Indian journal of veterinary science and animal husbandry - Volume 10,
Year: 1940
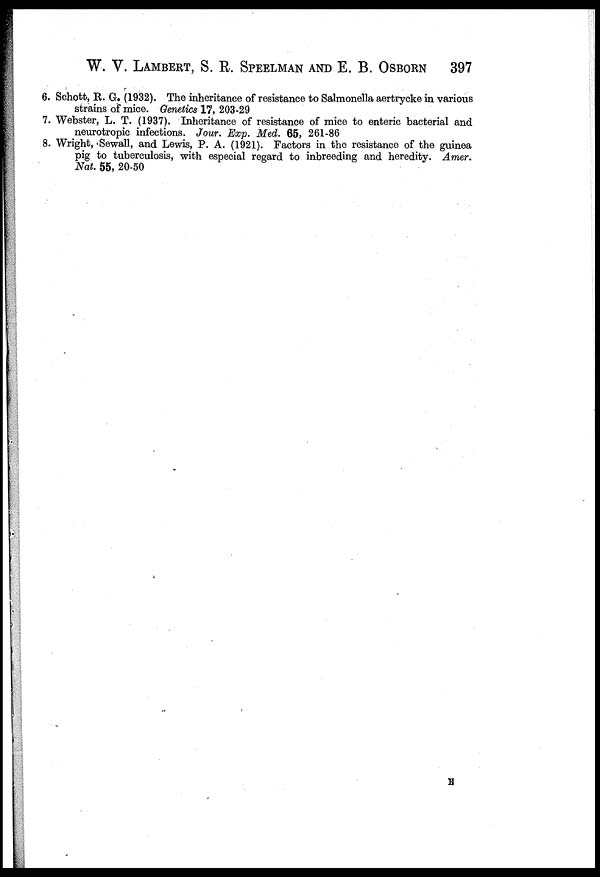
W. V. LAMBERT, S. R. SPEELMAN AND E. B. OSBORN 397
6. Schott, R. G. (1932). The inheritance of resistance to Salmonella aertrycke in various
strains of mice. Genetics 17, 203-29
7. Webster, L. T. (1937). Inheritance of resistance of mice to enteric bacterial and
neurotropic infections. Jour. Exp. Med. 65, 261-86
8. Wright, Sewall, and Lewis, P. A. (1921). Factors in the resistance of the guinea
pig to tuberculosis, with especial regard to inbreeding and heredity. Amer.
Nat. 55, 20-50
E